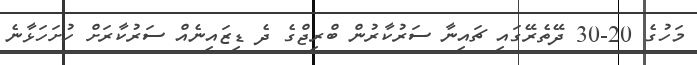
މަހުގެ 20-30 ދޭތެރޭގައި ޗައިނާ ސަރުކާރުން ބްރިޖްގެ ދެ ޑިޒައިނެއް ސަރުކާރަށް ހުށަހަޅާނެ